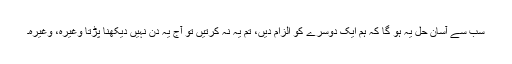
سب سے آسان حل یہ ہو گا کہ ہم ایک دوسرے کو الزام دیں، تم یہ نہ کرتیں تو آج یہ دن نہیں دیکھنا پڑتا وغیرہ، وغیرہ۔